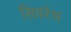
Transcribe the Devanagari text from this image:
सिवरेंस